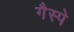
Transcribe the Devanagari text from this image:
गैस्पे